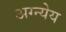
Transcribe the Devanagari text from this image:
अग्न्येय